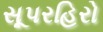
સૂપરહિરો